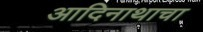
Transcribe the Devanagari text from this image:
आदिनाथाचा